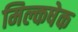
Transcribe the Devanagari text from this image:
मिल्कषेक